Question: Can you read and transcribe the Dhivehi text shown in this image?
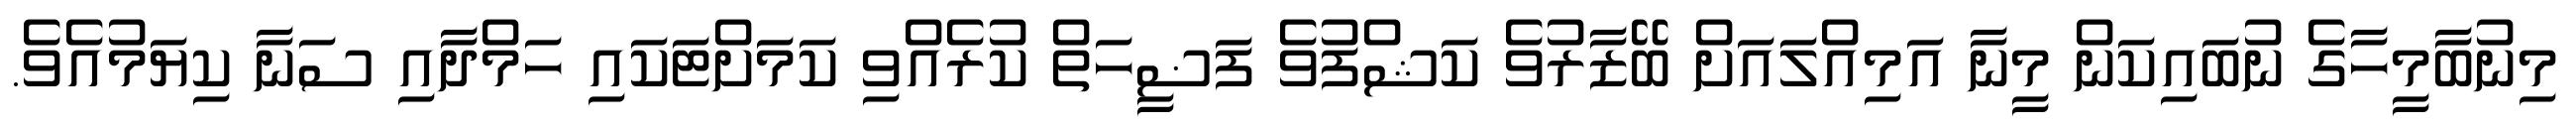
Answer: މިނުބާމީހާގެ ނުބައިކަން މީނާ އަމިއްލައަށް ބޭޒާރުވެ ކަޝްފުވެ ފަޟީހަތް ކުރެއްވި ކަމަށްޓަކައި ހަމްދާއި ސަނާ ކިޔަމުއެވެ.